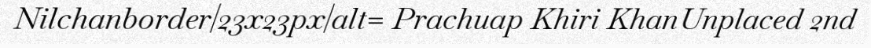
Nilchanborder|23x23px|alt= Prachuap Khiri KhanUnplaced 2nd